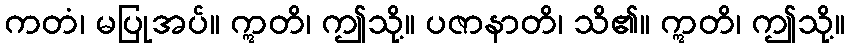
ကတံ၊ မပြုအပ်။ ဣတိ၊ ဤသို့။ ပဇာနာတိ၊ သိ၏။ ဣတိ၊ ဤသို့။